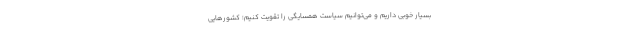
بسیار خوبی داریم و می‌توانیم سیاست همسایگی را تقویت کنیم؛ کشورهایی